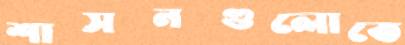
শাসনগুলোতে